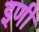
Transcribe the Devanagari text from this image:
इणी